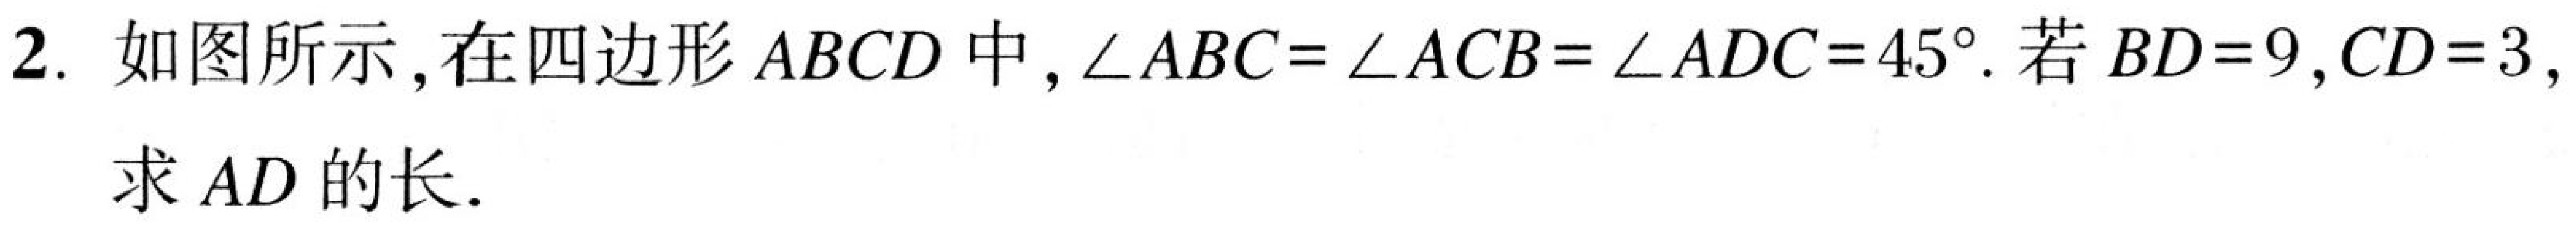
2. 如图所示，在四边形 \(ABCD\) 中，\(\angle ABC=\angle ACB=\angle ADC = 45^{\circ}\). 若 \(BD = 9\), \(CD = 3\),
求 \(AD\) 的长.